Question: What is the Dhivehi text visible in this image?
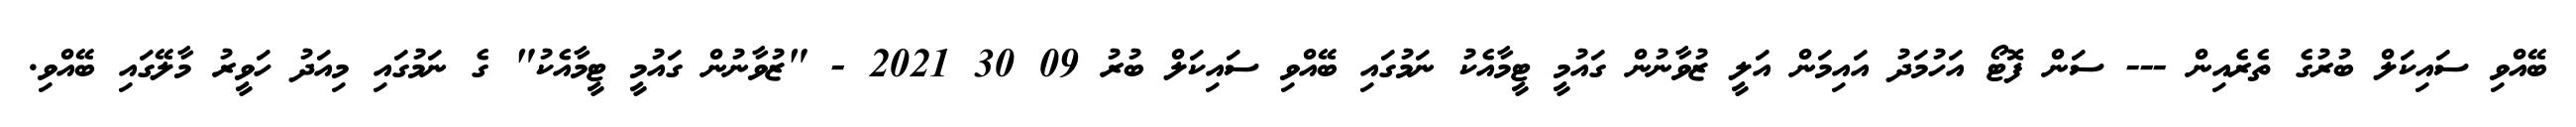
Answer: ބޭއްވި ސައިކަލް ބުރުގެ ތެރެއިން --- ސަން ފޮޓޯ އަހުމަދު އައިމަން އަލީ ޒުވާނުން ގައުމީ ޓީމާއެކު ނަމުގައި ބޭއްވި ސައިކަލް ބުރު 09 30 2021 - "ޒުވާނުން ގައުމީ ޓީމާއެކު" ގެ ނަމުގައި މިއަދު ހަވީރު މާލޭގައި ބޭއްވި.